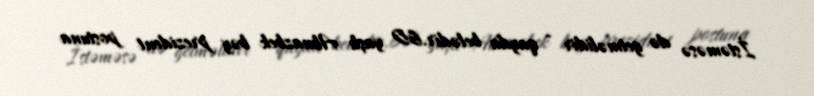
İstəməsə də getməlidir - qayda belədir.60 yaşlı Almazbek bəy prezident postuna